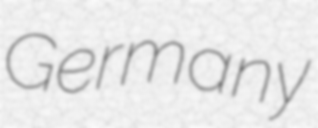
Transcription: Germany